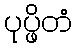
ပုပ္ဖိတံ